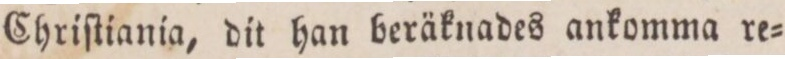
Chriſtiania, dit han beräknades ankomma re=